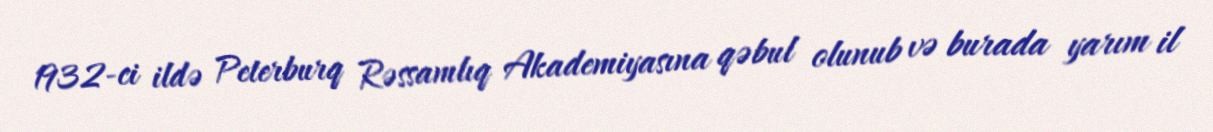
1932-ci ildə Peterburq Rəssamlıq Akademiyasına qəbul olunub və burada yarım il